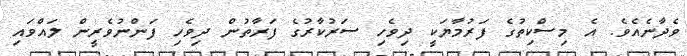
ވެދާނެއެވެ. އެ މިސްކިތުގެ ފަރުމާޔަކީ ދިވެހި ސަރުކާރުގެ ފަރާތުން ދިވެހި ފަންނުވެރީން ލައްވައި